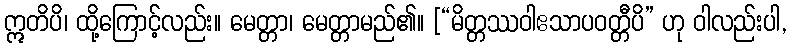
ဣတိပိ၊ ထို့ကြောင့်လည်း။ မေတ္တာ၊ မေတ္တာမည်၏။ [“မိတ္တဿဝါဧသာပဝတ္တီပိ” ဟု ဝါလည်းပါ,